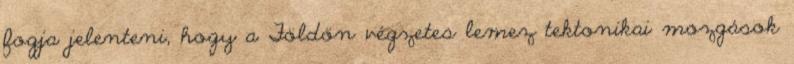
fogja jelenteni, hogy a Földön végzetes lemez tektonikai mozgások